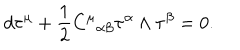
d { \bf \tau } ^ { \mu } + \frac { 1 } { 2 } { C ^ { \mu } } _ { \alpha \beta } { \bf \tau } ^ { \alpha } \wedge { \bf \tau } ^ { \beta } = 0 .